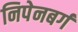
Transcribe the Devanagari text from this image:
निपेनबर्ग